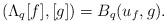
LaTeX: \begin{align*}(\Lambda_q [f], [g]) = B_q(u_f, g).\end{align*}